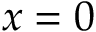
x = 0